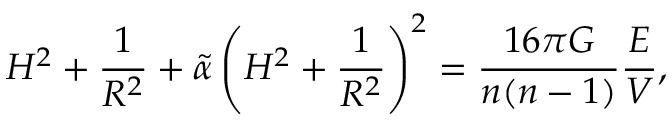
H ^ { 2 } + \frac { 1 } { R ^ { 2 } } + \tilde { \alpha } \left( H ^ { 2 } + \frac { 1 } { R ^ { 2 } } \right) ^ { 2 } = \frac { 1 6 \pi G } { n ( n - 1 ) } \frac { E } { V } ,